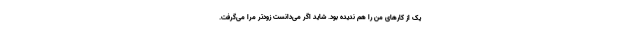
یک از کارهای من را هم ندیده بود. شاید اگر می‌دانست زودتر مرا می‌گرفت.